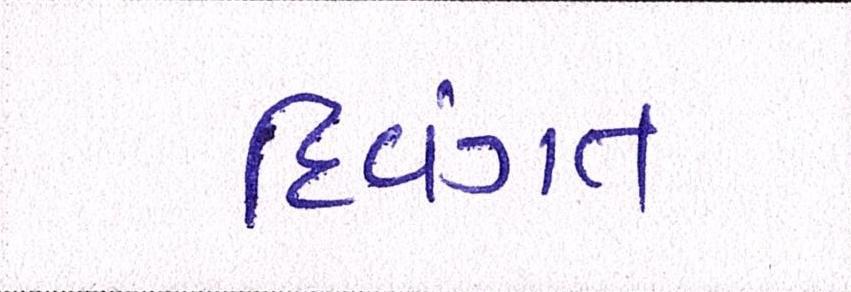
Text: દિવંગત